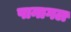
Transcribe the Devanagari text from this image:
पानागल